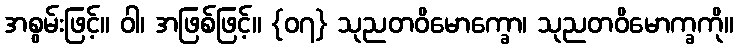
အစွမ်းဖြင့်။ ဝါ၊ အဖြစ်ဖြင့်။ {၀၇} သုညတဝိမောက္ခော၊ သုညတဝိမောက္ခကို။